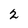
Character: 2